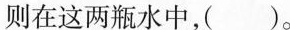
则在这两瓶水中，( )。